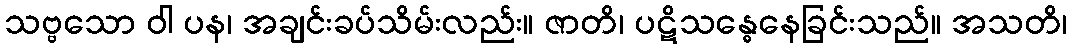
သဗ္ဗသော ဝါ ပန၊ အချင်းခပ်သိမ်းလည်း။ ဇာတိ၊ ပဋိသန္ဓေနေခြင်းသည်။ အသတိ၊